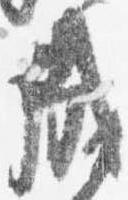
成